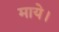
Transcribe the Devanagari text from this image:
माये।